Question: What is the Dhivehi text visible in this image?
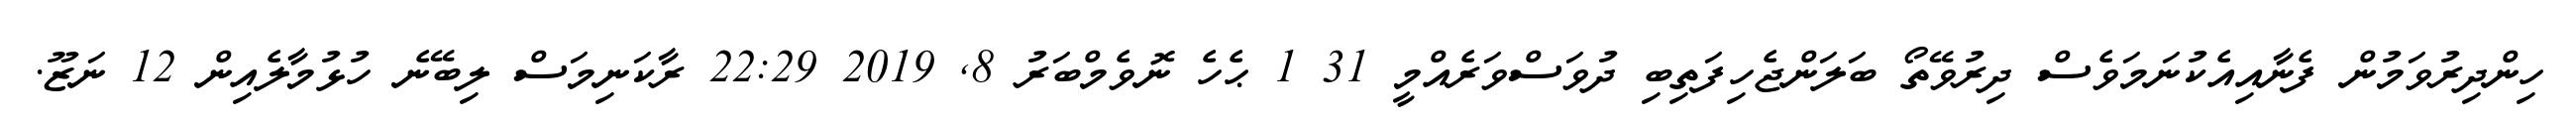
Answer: ހިންދިރުވަމުން ފެނާއިއެކުނަމަވެސް ދިރުވޭތޯ ބަލަންޖެހިފަތިބި ދުވަސްވަރެއްމީ 31 1 ޙެހެ ނޮވެމްބަރު 8, 2019 22:29 ރާކަނިމަސް ލިބޭނެ ހުޅުމާލެއިން 12 ނަޒޫ.